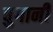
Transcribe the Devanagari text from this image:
चुगानी